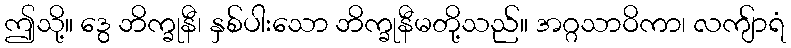
ဤသို့။ ဒွေ ဘိက္ခုနီ၊ နှစ်ပါးသော ဘိက္ခုနီမတို့သည်။ အဂ္ဂသာဝိကာ၊ လကျ်ာရံ